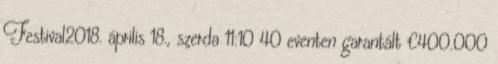
Festival2018. április 18., szerda 11:10 40 eventen garantált €400.000